Madras marine plague regulations
Disease focus: Plague
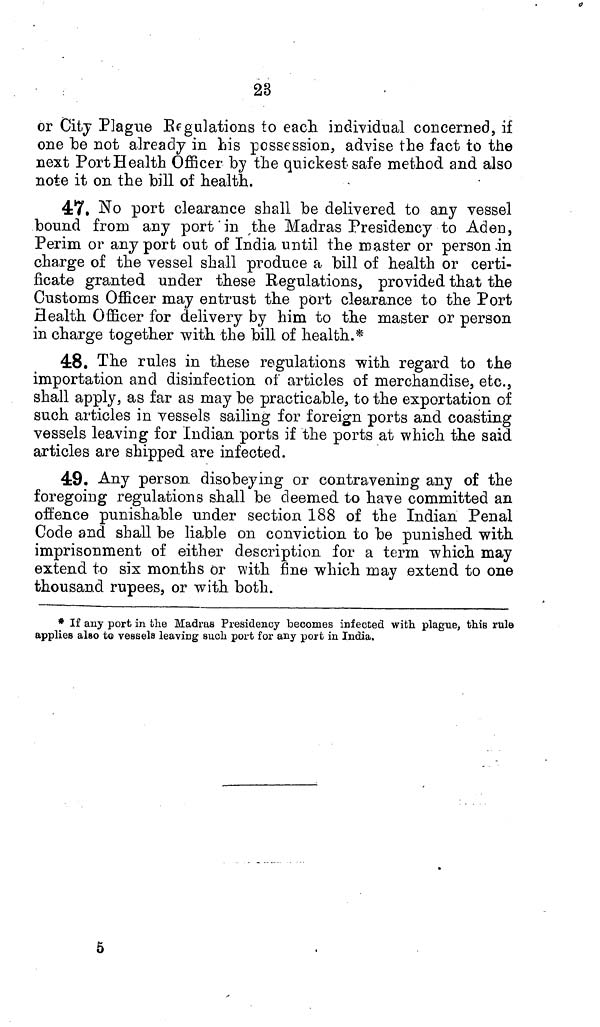
23
or City Plague Regulations to each individual concerned, if
one "be not already in his possession, advise the fact to the
next Port Health Officer by the quickest safe method and also
note it on the bill of health.
47. No port clearance shall be delivered to any vessel
"bound from any port in the Madras Presidency to Aden,
Perim or any port out of India until the master or person in
charge of the vessel shall produce a bill of health or certi-
ficate granted under these Regulations, provided that the
Customs Officer may entrust the port clearance to the Port
Health Officer for delivery by him to the master or person
in charge together with the bill of health.*
48. The rules in these regulations with regard to the
importation and disinfection of articles of merchandise, etc.,
shall apply, as far as may be practicable, to the exportation of
such articles in vessels sailing for foreign ports and coasting
vessels leaving for Indian ports if the ports at which the said
articles are shipped are infected.
49. Any person disobeying or contravening any of the
foregoing regulations shall be deemed to have committed an
offence punishable under section 188 of the Indian Penal
Code and shall be liable on conviction to be punished with
imprisonment of either description for a term which may
extend to six months or with fine which may extend to one
thousand rupees, or with both.
* If any port in the Madras Presidency becomes infected with plague, this rule
applies also to vessels leaving such port for any port in India.